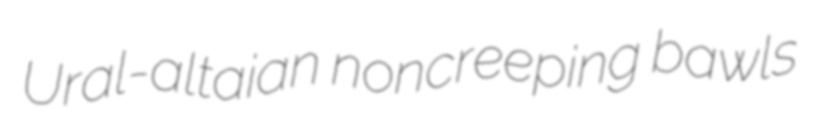
Ural-altaian noncreeping bawls